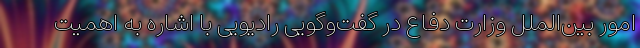
امور بین‌الملل وزارت دفاع در گفت‌وگویی رادیویی با اشاره ‌به اهمیت